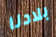
بلادنا